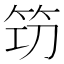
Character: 𥬣